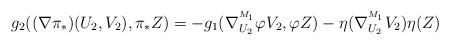
LaTeX: \begin{align*}g_{2}((\nabla\pi_*)(U_{2},V_{2}),\pi_*Z)&=-g_{1}(\nabla^{^{M_1}}_{U_{2}}\varphi V_{2},\varphi Z)-\eta (\nabla^{^{M_1}}_{U_{2}}V_{2})\eta(Z)\end{align*}